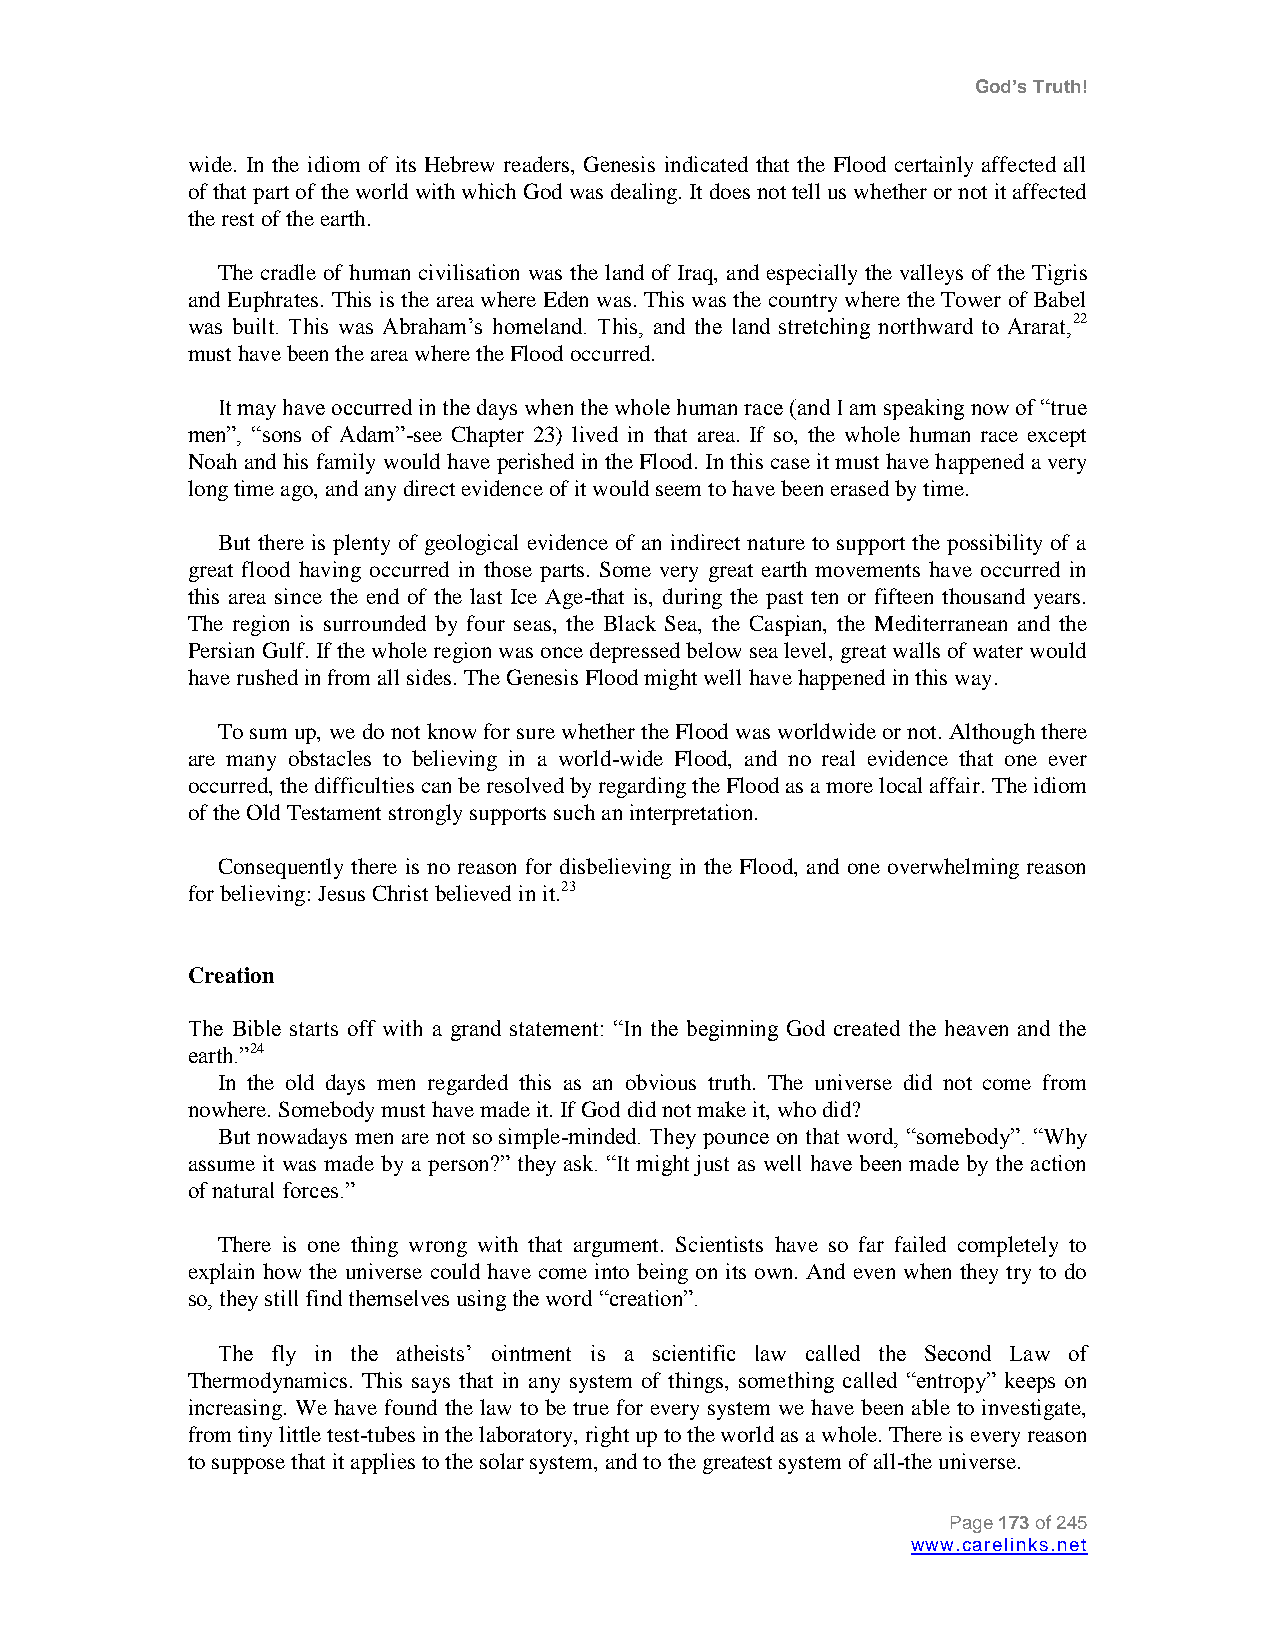
God’s Truth!
 wide. In the idiom of its Hebrew readers, Genesis indicated that the Flood certainly affected all
 of that part of the world with which God was dealing. It does not tell us whether or not it affected
 the rest of the earth.
 The cradle of human civilisation was the land of Iraq, and especially the valleys of the Tigris
 and Euphrates. This is the area where Eden was. This was the country where the Tower of Babel
 was built. This was Abraham‟s homeland. This, and the land stretching northward to Ararat,22
 must have been the area where the Flood occurred.
 It may have occurred in the days when the whole human race (and I am speaking now of “true
 men”, “sons of Adam”-see Chapter 23) lived in that area. If so, the whole human race except
 Noah and his family would have perished in the Flood. In this case it must have happened a very
 long time ago, and any direct evidence of it would seem to have been erased by time.
 But there is plenty of geological evidence of an indirect nature to support the possibility of a
 great flood having occurred in those parts. Some very great earth movements have occurred in
 this area since the end of the last Ice Age-that is, during the past ten or fifteen thousand years.
 The region is surrounded by four seas, the Black Sea, the Caspian, the Mediterranean and the
 Persian Gulf. If the whole region was once depressed below sea level, great walls of water would
 have rushed in from all sides. The Genesis Flood might well have happened in this way.
 To sum up, we do not know for sure whether the Flood was worldwide or not. Although there
 are many obstacles to believing in a world-wide Flood, and no real evidence that one ever
 occurred, the difficulties can be resolved by regarding the Flood as a more local affair. The idiom
 of the Old Testament strongly supports such an interpretation.
 Consequently there is no reason for disbelieving in the Flood, and one overwhelming reason
 for believing: Jesus Christ believed in it.23
 Creation
 The Bible starts off with a grand statement: “In the beginning God created the heaven and the
 earth.”24
 In the old days men regarded this as an obvious truth. The universe did not come from
 nowhere. Somebody must have made it. If God did not make it, who did?
 But nowadays men are not so simple-minded. They pounce on that word, “somebody”. “Why
 assume it was made by a person?” they ask. “It might just as well have been made by the action
 of natural forces.”
 There is one thing wrong with that argument. Scientists have so far failed completely to
 explain how the universe could have come into being on its own. And even when they try to do
 so, they still find themselves using the word “creation”.
 The fly in the atheists‟ ointment is a scientific law called the Second Law of
 Thermodynamics. This says that in any system of things, something called “entropy” keeps on
 increasing. We have found the law to be true for every system we have been able to investigate,
 from tiny little test-tubes in the laboratory, right up to the world as a whole. There is every reason
 to suppose that it applies to the solar system, and to the greatest system of all-the universe.
 Page 173 of 245
 www.carelinks.net